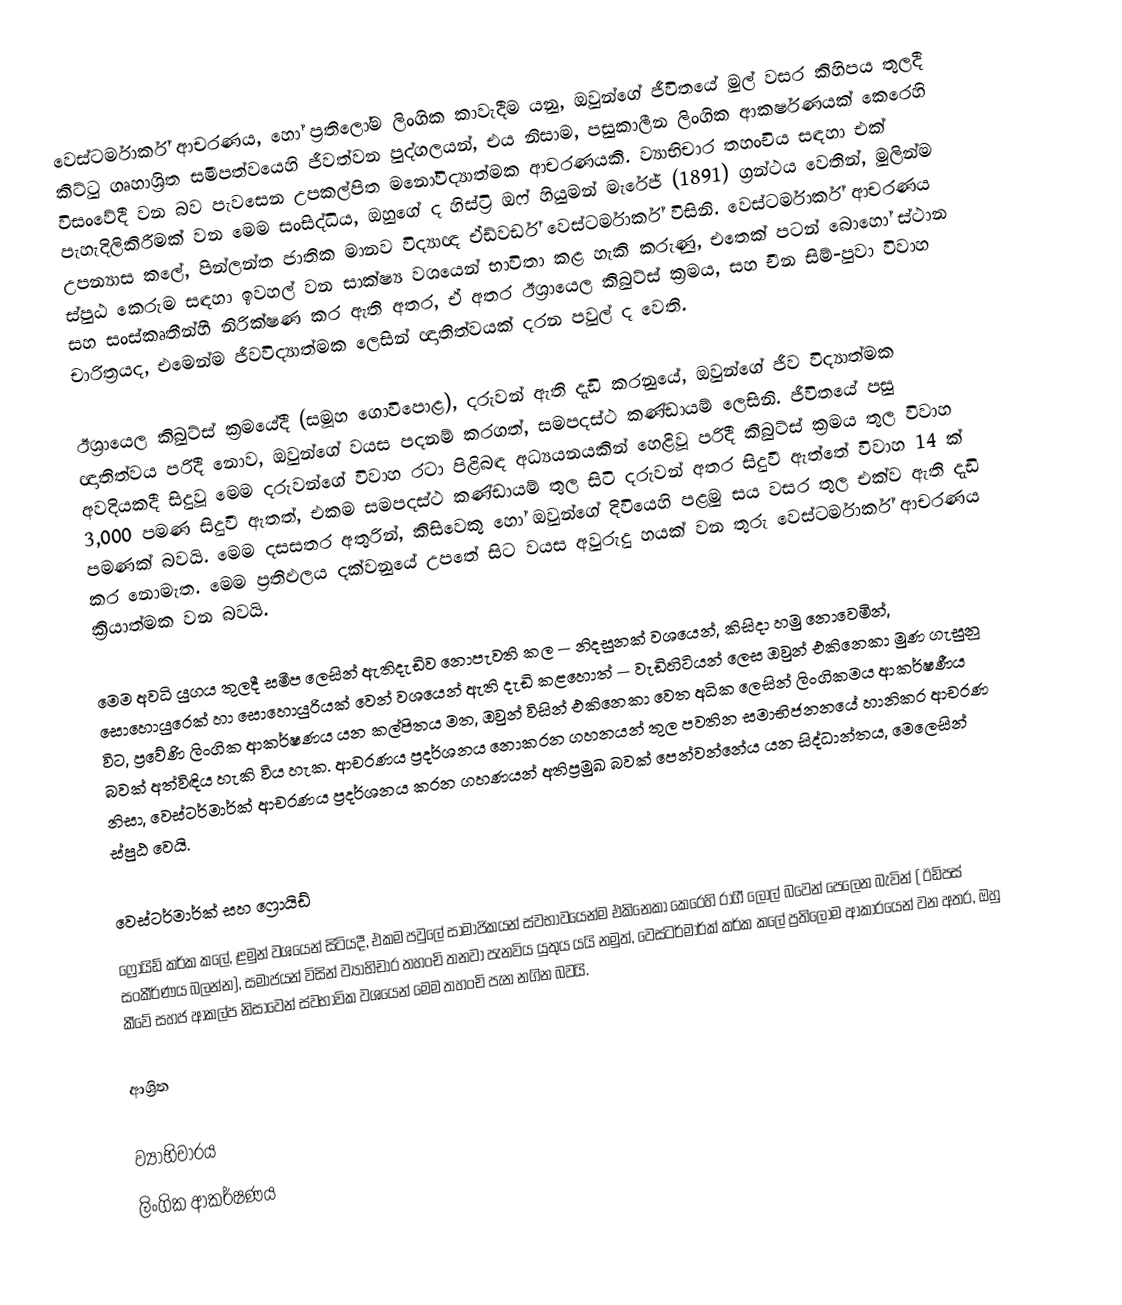
වෙස්ටර්මාර්ක් ආචරණය, හෝ ප්‍රතිලෝම ලිංගික කාවැදීම යනු, ඔවුන්ගේ ජීවිතයේ මුල් වසර කිහිපය තුලදී කිට්ටු ගෘහාශ්‍රිත සමීපත්වයෙහි ජීවත්වන පුද්ගලයන්, එය නිසාම, පසුකාලීන ලිංගික ආකර්ෂණයක් කෙරෙහි විසංවේදී වන බව පැවසෙන උපකල්පිත මනෝවිද්‍යාත්මක ආචරණයකි. ව්‍යාභිචාර තහංචිය සඳහා එක් පැහැදිලිකිරීමක් වන මෙම සංසිද්ධිය, ඔහුගේ ද හිස්ට්‍රි ඔෆ් හියුමන් මැරේජ් (1891) ග්‍රන්ථය වෙතින්, මුලින්ම උපන්‍යාස කලේ, පින්ලන්ත ජාතික මානව විද්‍යාඥ ඒඩ්වර්ඩ් වෙස්ටර්මාර්ක් විසිනි.  වෙස්ටර්මාර්ක් ආචරණය ස්පුඨ කෙරුම සඳහා ඉවහල් වන සාක්ෂ්‍ය වශයෙන් භාවිතා කළ හැකි කරුණු, එතෙක් පටන් බොහෝ ස්ථාන සහ සංස්කෘතීන්හී නිරික්ෂණ කර ඇති අතර, ඒ අතර ඊශ්‍රායෙල කිබුට්ස් ක්‍රමය, සහ චීන  සිම්-පුවා විවාහ චාරිත්‍රයද, එමෙන්ම ජීවවිද්‍යාත්මක ලෙසින් ඥාතිත්වයක් දරන පවුල් ද වෙති.

ඊශ්‍රායෙල කිබුට්ස් ක්‍රමයේදී (සමූහ ගොවිපොළ), දරුවන් ඇති දැඩි කරනුයේ,  ඔවුන්ගේ ජීව විද්‍යාත්මක ඥාතිත්වය පරිදී නොව, ඔවුන්ගේ වයස පදනම් කරගත්, සමපදස්ථ කණ්ඩායම් ලෙසිනි. ජීවිතයේ පසු අවදියකදී සිදුවූ මෙම දරුවන්ගේ විවාහ රටා පිළිබඳ අධ්‍යයනයකින් හෙළිවූ පරිදී කිබුට්ස් ක්‍රමය තුල විවාහ 3,000 පමණ සිදුවී ඇතත්, එකම සමපදස්ථ කණ්ඩායම් තුල සිටි දරුවන් අතර සිදුවී ඇත්තේ විවාහ 14 ක් පමණක් බවයි. මෙම දසසතර අතුරින්, කිසිවෙකු හෝ ඔවුන්ගේ දිවියෙහි  පළමු සය වසර තුල එක්ව ඇති දැඩි කර නොමැත. මෙම ප්‍රතිඵලය දක්වනුයේ උපතේ සිට වයස අවුරුදු හයක් වන තුරු වෙස්ටර්මාර්ක් ආචරණය ක්‍රියාත්මක වන බවයි.

මෙම අවධි යුගය තුලදී සමීප  ලෙසින් ඇතිදැඩිව නොපැවති කල — නිදසුනක් වශයෙන්, කිසිදා හමු නොවෙමින්, සොහොයුරෙක් හා සොහොයුරියක් වෙන් වශයෙන් ඇති දැඩි කළහොත් — වැඩිහිටියන් ලෙස ඔවුන් එකිනෙකා මුණ ගැසුනු විට, ප්‍රවේණි ලිංගික ආකර්ෂණය යන කල්පිතය මත, ඔවුන් විසින් එකිනෙකා වෙත අධික ලෙසින් ලිංගිකමය ආකර්ෂණීය බවක්  අත්විඳිය හැකි විය හැක. ආචරණය ප්‍රදර්ශනය නොකරන ගහනයන් තුල පවතින සමාභිජනනයේ හානිකර ආචරණ නිසා, වෙස්ටර්මාර්ක් ආචරණය ප්‍රදර්ශනය කරන ගහණයන් අතිප්‍රමුඛ බවක් පෙන්වන්නේය යන සිද්ධාන්තය,  මෙලෙසින් ස්පුඨ වෙයි.

වෙස්ටර්මාර්ක් සහ  ෆ්‍රොයිඩ්
ෆ්‍රොයිඩ් කර්ක කලේ, ළමුන් වශයෙන් සිටියදී, එකම  පවුලේ සාමාජිකයන්  ස්වභාවයෙන්ම එකිනෙකා කෙරෙහි රාගී ලොල් බවෙන් පෙලෙන බැවින් ( ඊඩිපස් සංකීර්ණය බලන්න), සමාජයන් විසින්   ව්‍යාභිචාර තහංචි තනවා පැනවිය යුතුය යයි නමුත්, වෙස්ටර්මාර්ක් කර්ක කලේ ප්‍රතිලෝම ආකාරයෙන් වන අතර, ඔහු කීවේ සහජ ආකල්ප නිසාවෙන් ස්වභාවික වශයෙන් මෙම තහංචි පැන නගින බවයි.

ආශ්‍රිත

ව්‍යාභිචාරය
ලිංගික ආකර්ෂණය